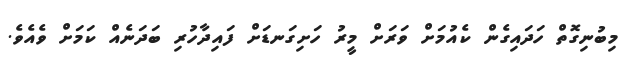
މިބުނިގޮތް ހަދައިގެން ކެއުމަށް ވަރަށް މީރު ހަށިގަނޑަށް ފައިދާހުރި ބަދަނެއް ކަމަށް ވެއެވެ.